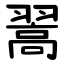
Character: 翯